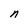
Character: n